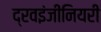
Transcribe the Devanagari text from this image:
द्रवइंजीनियरी